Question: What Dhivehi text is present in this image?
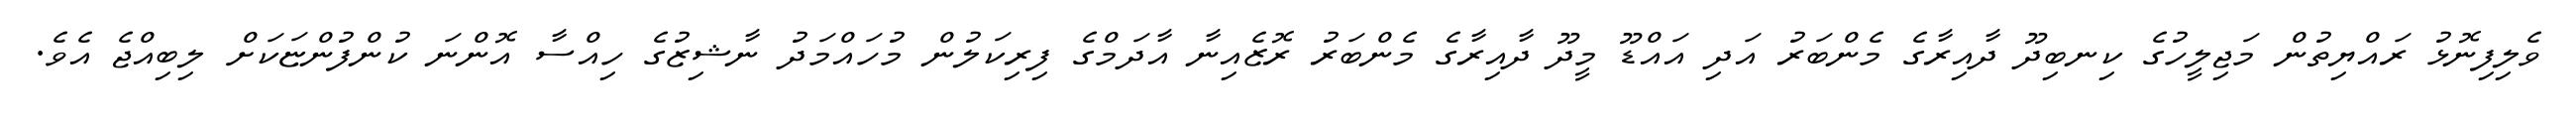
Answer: ވެލިފިނޮޅު ރައްޔިތުން މަޖިލީހުގެ ކިނބިދޫ ދާއިރާގެ މެންބަރު އަދި އައްޑޫ މީދޫ ދާއިރާގެ މެންބަރު ރޮޒެއިނާ އާދަމްގެ ފިރިކަލުން މުހައްމަދު ނާޝިޒުގެ ހިއްސާ އޮންނަ ކުންފުންޏަކަށް ލިބިއްޖެ އެވެ.